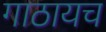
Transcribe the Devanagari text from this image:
गाठायच